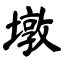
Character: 墩